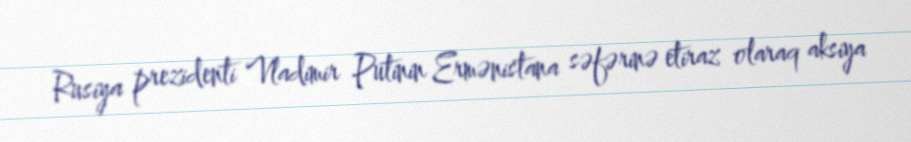
Rusiya prezidenti Vladimir Putinin Ermənistana səfərinə etiraz olaraq aksiya